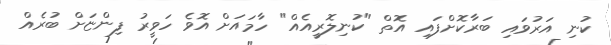
ކުނި އަރުވައި ބަރާކޮށްފައި އޮތް "ކުނިލޮރީއެއް" ހާމައަށް އޮވެ ހަވީރު ފިންޏަށް ބުރެއް